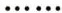
……